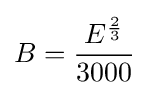
B={E^{2 \over 3} \over 3000}